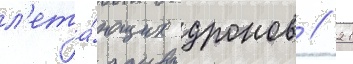
л'ета́ющих дронов // 21